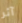
آثر